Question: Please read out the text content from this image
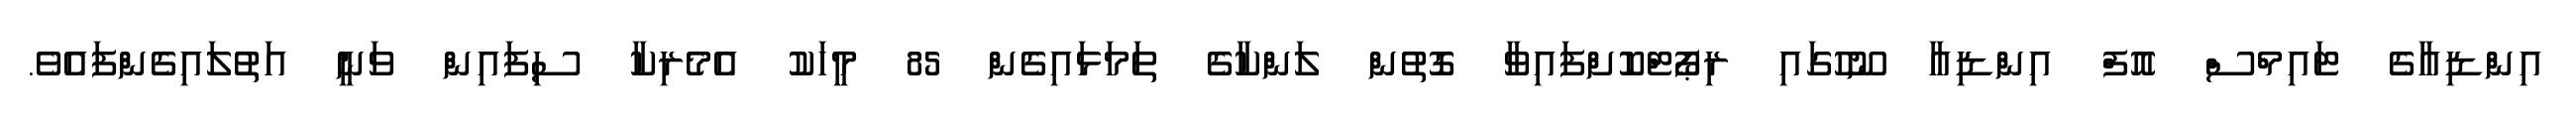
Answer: އިންޑިއާގެ ޓައިމްސް އޮފް އިންޑިއާ ނޫހުގައި ރިޕޯޓްކޮށްފައިވާ ގޮތުން ލަންކާގެ ތަމަޅައިގެން 85 މީހަކު އެމެރިކާ ސިފައިން ވަނީ އަތުލައިގެންފައެވެ.